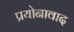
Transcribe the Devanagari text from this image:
प्रयोनावाद